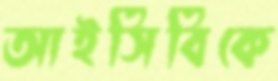
আইসিবিকে